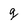
Character: g